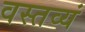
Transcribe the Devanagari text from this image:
वस्तव्यं